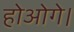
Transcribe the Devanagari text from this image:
होओगे।